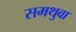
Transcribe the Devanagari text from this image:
समथुवा